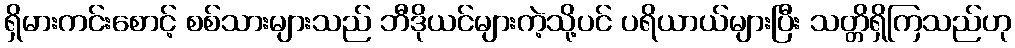
ရှိမားကင်းစောင့် စစ်သားများသည် ဘီဒိုယင်များကဲ့သို့ပင် ပရိယာယ်များပြီး သတ္တိရှိကြသည်ဟု